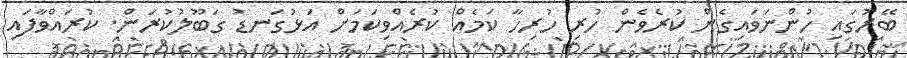
ބޭރުގައި ހުންނަވައިގެން ކުރެވެން ހުރި ހުރިހާ ކަމެއް ކުރެއްވިކަމަށް އަޅުގަނޑު ގަބޫލުކުރަން. ކުރައްވާފައި